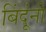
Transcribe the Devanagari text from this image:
बिंदूंनी